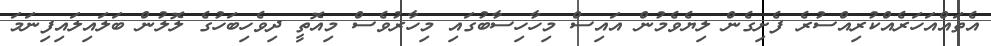
އެތައްއަހަރެއްކުރިއްސުރެ ފެށިގެން ލިޔެވެމުން އައިސް މިހާހިސާބުގައި މިހާރުވެސް މިއޮތީ ދިވެހިބަހުގެ ލޮލުން ބަލައިލައިފިނަމަ